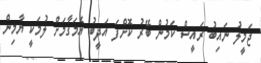
ޖަމީލު ނައިބު ރައީސް ކަމުން ބޭރު ކޮށްފަ އަދީބު އެމަގާމަށް ލުމަކީ ޔާމިން